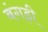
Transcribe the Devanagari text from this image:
बंगड़ी